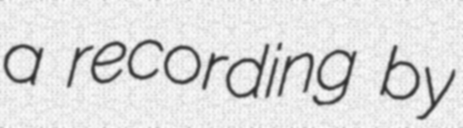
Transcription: a recording by